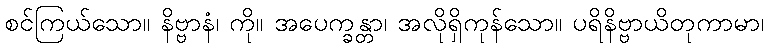
စင်ကြယ်သော။ နိဗ္ဗာနံ၊ ကို။ အပေက္ခန္တာ၊ အလိုရှိကုန်သော။ ပရိနိဗ္ဗာယိတုကာမာ၊